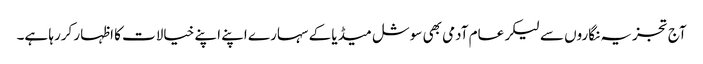
آج تجزیہ نگاروں سے لیکر عام آدمی بھی سوشل میڈیا کے سہارے اپنے اپنے خیالات کا اظہار کررہا ہے۔